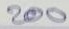
200